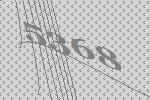
5368